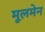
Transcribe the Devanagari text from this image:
मूलमेन